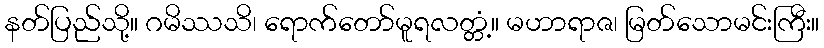
နတ်ပြည်သို့။ ဂမိဿသိ၊ ရောက်တော်မူရလတ္တံ့။ မဟာရာဇ၊ မြတ်သောမင်းကြီး။